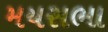
મયસભા